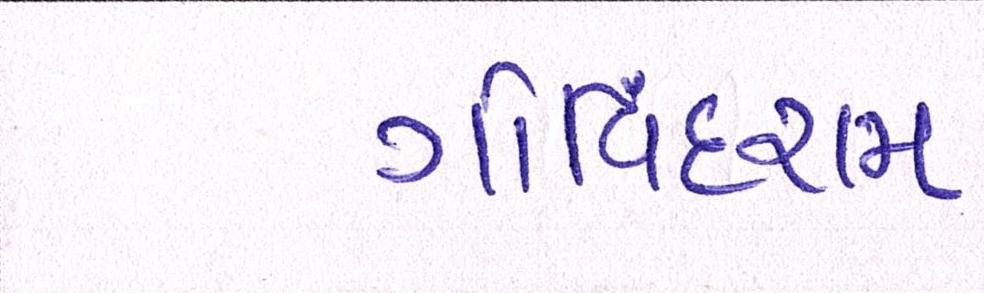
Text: ગોવિંદરામ